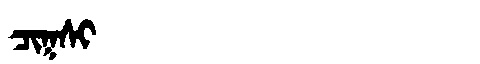
Manchu: ᠴᡳᡴᠰᡳ
Romanization: CIKSI